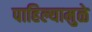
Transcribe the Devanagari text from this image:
पाहिल्यामुळे